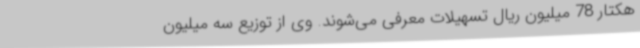
هکتار 78 میلیون ریال تسهیلات معرفی می‌شوند. وی از توزیع سه میلیون